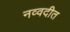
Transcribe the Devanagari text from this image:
नव्वदीत